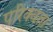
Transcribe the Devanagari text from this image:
परिक्वता